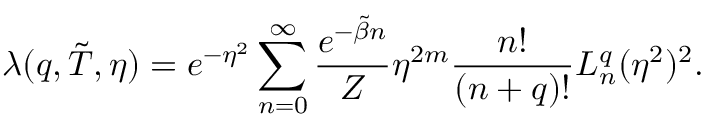
\lambda ( q , \tilde { T } , \eta ) = e ^ { - \eta ^ { 2 } } \sum _ { n = 0 } ^ { \infty } \frac { e ^ { - \tilde { \beta } n } } { Z } \eta ^ { 2 m } \frac { n ! } { ( n + q ) ! } L _ { n } ^ { q } ( \eta ^ { 2 } ) ^ { 2 } .